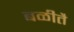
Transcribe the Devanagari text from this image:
बळीतै